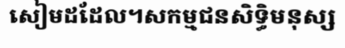
សៀមដដែល។សកម្មជនសិទ្ធិមនុស្ស